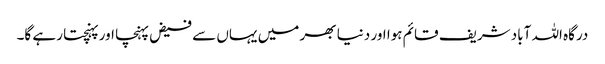
درگاہ اللہ آباد شریف قائم ہوا اور دنیا بھر میں یہاں سے فیض پہنچا اور پہنچتا رہے گا۔